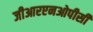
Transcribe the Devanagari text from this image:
जीआरएनओपीसी